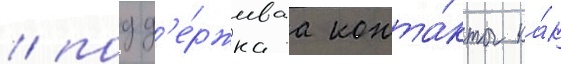
/ подд'е́рживаа конта́кты ка́к